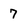
Character: 7